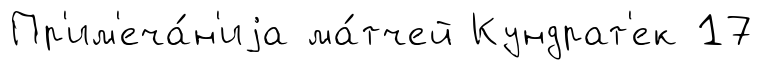
Пр'им'еча́н'иjа ма́тчей Кундрат'ек 17